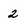
Character: 2